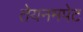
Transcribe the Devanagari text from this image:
तेयनमपेट